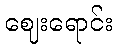
ဈေးရောင်း